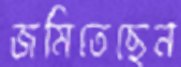
জমিতেছেন